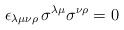
LaTeX: \begin{align*}\epsilon_{\lambda\mu\nu\rho}\,\sigma^{\lambda\mu}\sigma^{\nu\rho}=0\end{align*}